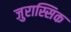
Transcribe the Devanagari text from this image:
जुरास्सिक